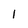
Character: 1